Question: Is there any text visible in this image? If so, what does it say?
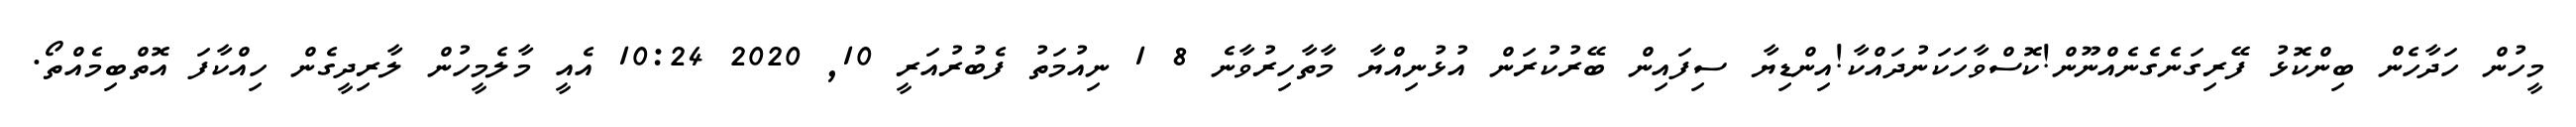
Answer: މީހުން ހަދާހެން ބިންކޮޅު ފޭރިގަނެގެނެއްނޫން!ކޮސްވާހަކަނުދައްކާ!އިންޑިޔާ ސިފައިން ބޭރުކުރަން އުޅުނިއްޔާ މާތާހިރުވާނެ 8 1 ނިއުމަތު ފެބުރުއަރީ 10, 2020 10:24 އެއީ މާލެމީހުން ލާރިދީގެން ހިއްކާފަ އޮތްބިމެއްތޯ.